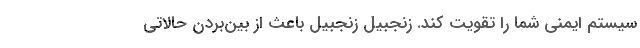
سیستم ایمنی شما را تقویت کند. زنجبیل زنجبیل باعث از بین‌بردن حالاتی